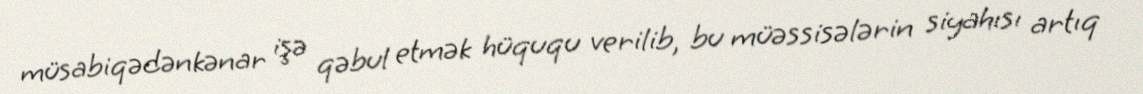
müsabiqədənkənar işə qəbul etmək hüququ verilib, bu müəssisələrin siyahısı artıq